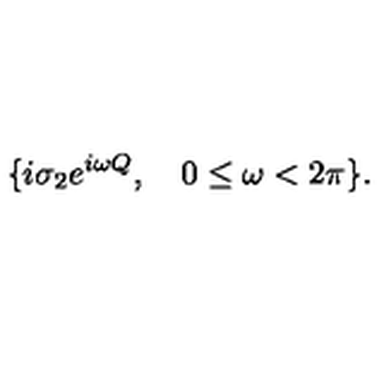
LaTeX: \{ i \sigma _ { 2 } e ^ { i \omega Q } , \quad 0 \le \omega < 2 \pi \} .